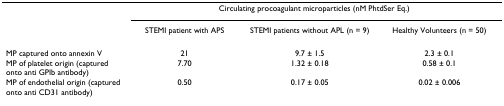
|  | <COLSPAN=3> Circulating procoagulant microparticles (nM PhtdSer Eq.) |
 |  | STEMI patient with APS | STEMI patients without APL (n = 9) | Healthy Volunteers (n = 50) |
 | --- | --- | --- | --- |
 | MP captured onto annexin V | 21 | 9.7 ± 1.5 | 2.3 ± 0.1 |
 | MP of platelet origin (captured onto anti GPIb antibody) | 7.70 | 1.32 ± 0.18 | 0.58 ± 0.1 |
 | MP of endothelial origin (captured onto anti CD31 antibody) | 0.50 | 0.17 ± 0.05 | 0.02 ± 0.006 |